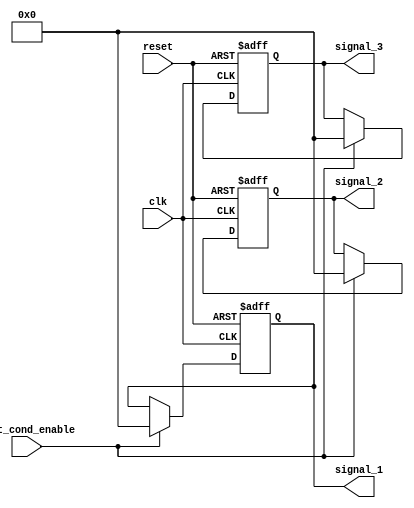
module ConfigurableInitialConditions #(
    parameter WIDTH = 8,            // Width of the signals
    parameter INIT_VALUE_1 = 0,     // Initial value for signal 1
    parameter INIT_VALUE_2 = 0,     // Initial value for signal 2
    parameter INIT_VALUE_3 = 0       // Initial value for signal 3
)(
    input wire clk,                  // Clock input
    input wire reset,                // Reset input
    input wire init_cond_enable,     // Enable for conditional initialization
    output reg [WIDTH-1:0] signal_1, // Output signal 1
    output reg [WIDTH-1:0] signal_2, // Output signal 2
    output reg [WIDTH-1:0] signal_3  // Output signal 3
);

// Initial block for setting initial conditions
initial begin
    signal_1 = INIT_VALUE_1;
    signal_2 = INIT_VALUE_2;
    signal_3 = INIT_VALUE_3;
end

// Reset functionality and conditional initialization
always @(posedge clk or posedge reset) begin
    if (reset) begin
        // Reset to initial values
        signal_1 <= INIT_VALUE_1;
        signal_2 <= INIT_VALUE_2;
        signal_3 <= INIT_VALUE_3;
    end else if (init_cond_enable) begin
        // Conditional initialization logic can be added here
        signal_1 <= INIT_VALUE_1;
        signal_2 <= INIT_VALUE_2;
        signal_3 <= INIT_VALUE_3;
    end
end

endmodule